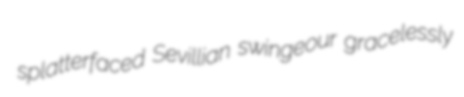
splatterfaced Sevillian swingeour gracelessly